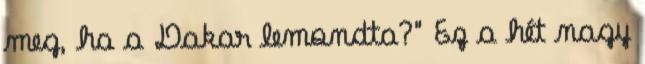
meg, ha a Dakar lemondta?" Ez a hét nagy